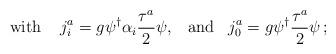
LaTeX: \begin{align*}\mbox{with}\;\;\;\;j_i^a=g\psi^{\dagger}{\alpha}_i\frac{{\tau}^a}{2}\psi,\;\;\;\mbox{and}\;\;\;j_0^a=g\psi^{\dagger}\frac{{\tau}^a}{2}\psi\,;\end{align*}